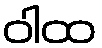
ဝါထ